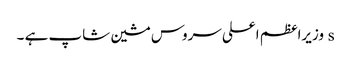
s وزیراعظم اعلی سروس مشین شاپ ہے ۔